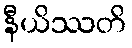
နီယိဿတိ